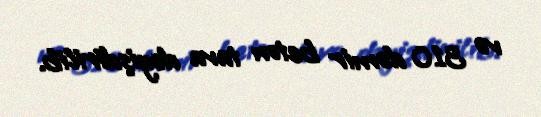
və 310 dəmir beton tava dəyişdirilib.